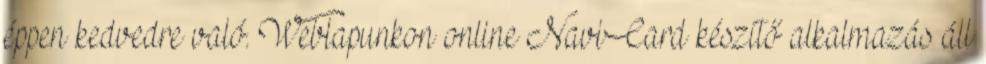
éppen kedvedre való. Weblapunkon online NaviCard készítő alkalmazás áll